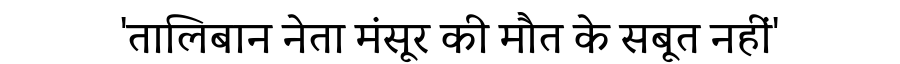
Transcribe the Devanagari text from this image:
'तालिबान नेता मंसूर की मौत के सबूत नहीं'